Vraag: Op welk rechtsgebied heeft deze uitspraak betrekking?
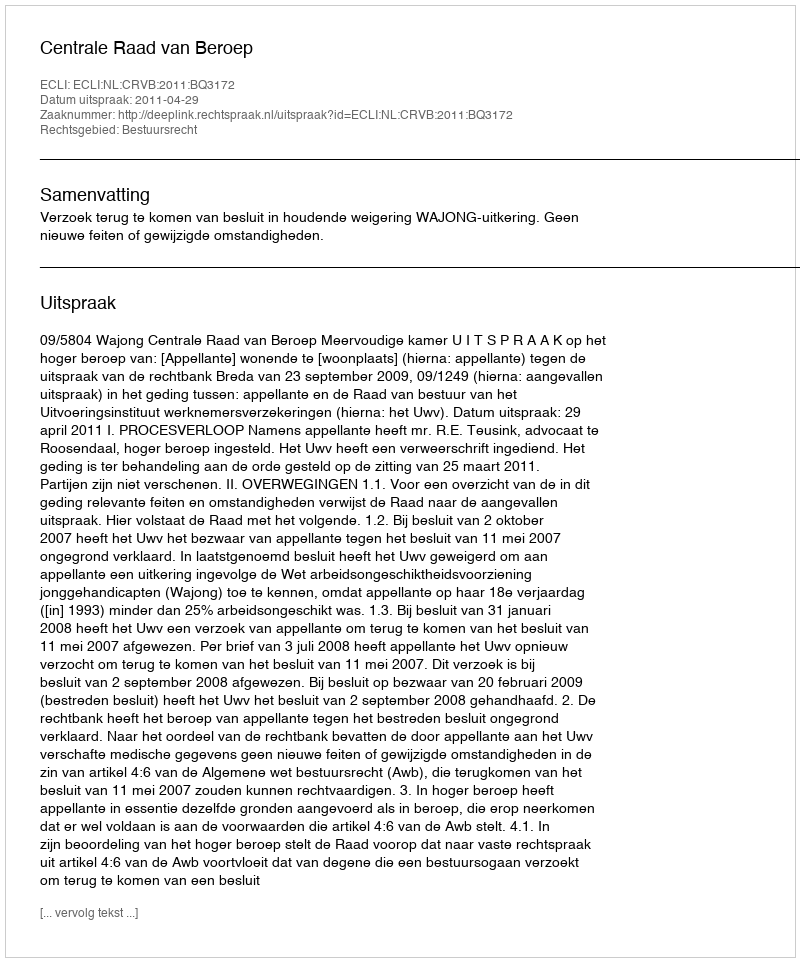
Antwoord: Bestuursrecht